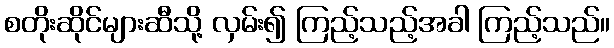
စတိုးဆိုင်များဆီသို့ လှမ်း၍ ကြည့်သည့်အခါ ကြည့်သည်။